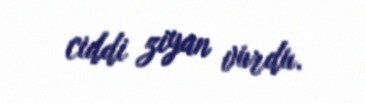
ciddi ziyan vurdu.